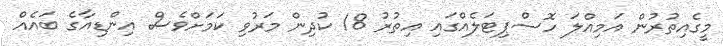
މީގެއިތުރުން އަމިއްލަ ހޮސްޕިޓަލެއްގައި އިތުރު 18 ކުދިން މަރުވި ކަމަށްވެސް އިންޑިއާގެ ބައެއް